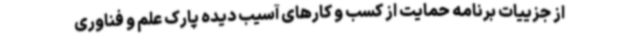
از جزییات برنامه حمایت از کسب و کارهای آسیب دیده پارک علم و فناوری